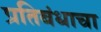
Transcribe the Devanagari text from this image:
प्रतिबंधाचा